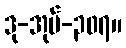
ဒု-အုပ်-၃၀၇။